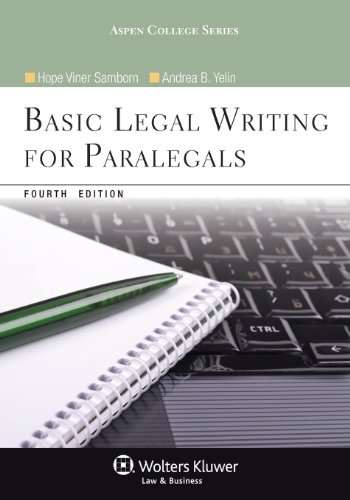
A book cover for Basic Legal Writing for Paralegals, Fourth Edition (Aspen College); Hope Viner Samborn; Law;